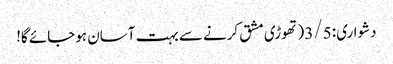
دشواری: 3/5 (تھوڑی مشق کرنے سے بہت آسان ہوجائے گا!